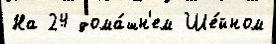
На 24 дома́шн'ем Ше́йном